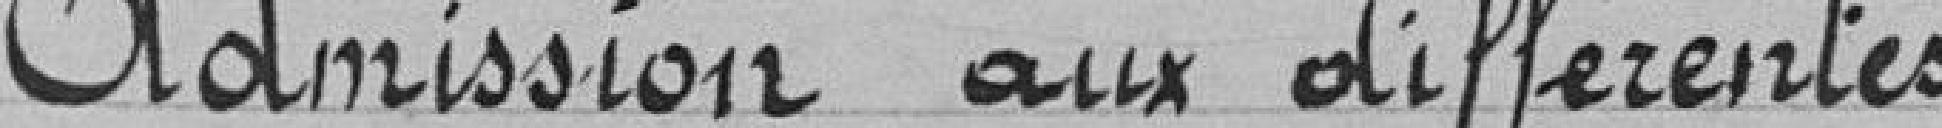
Admission aux différents